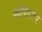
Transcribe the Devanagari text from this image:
कोरिस्टर